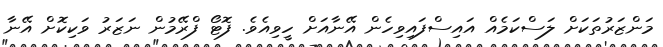
މަންޒަރުތަކަށް ލަސްކަމެއް އައިސްފައިވިހެން އޭނާއަށް ހީވިއެވެ. ފޮޓޯ ފްރޭމުން ނަޒަރު ވަކިކޮށް އޭނާ